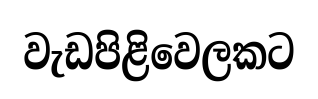
වැඩපිළිවෙලකට